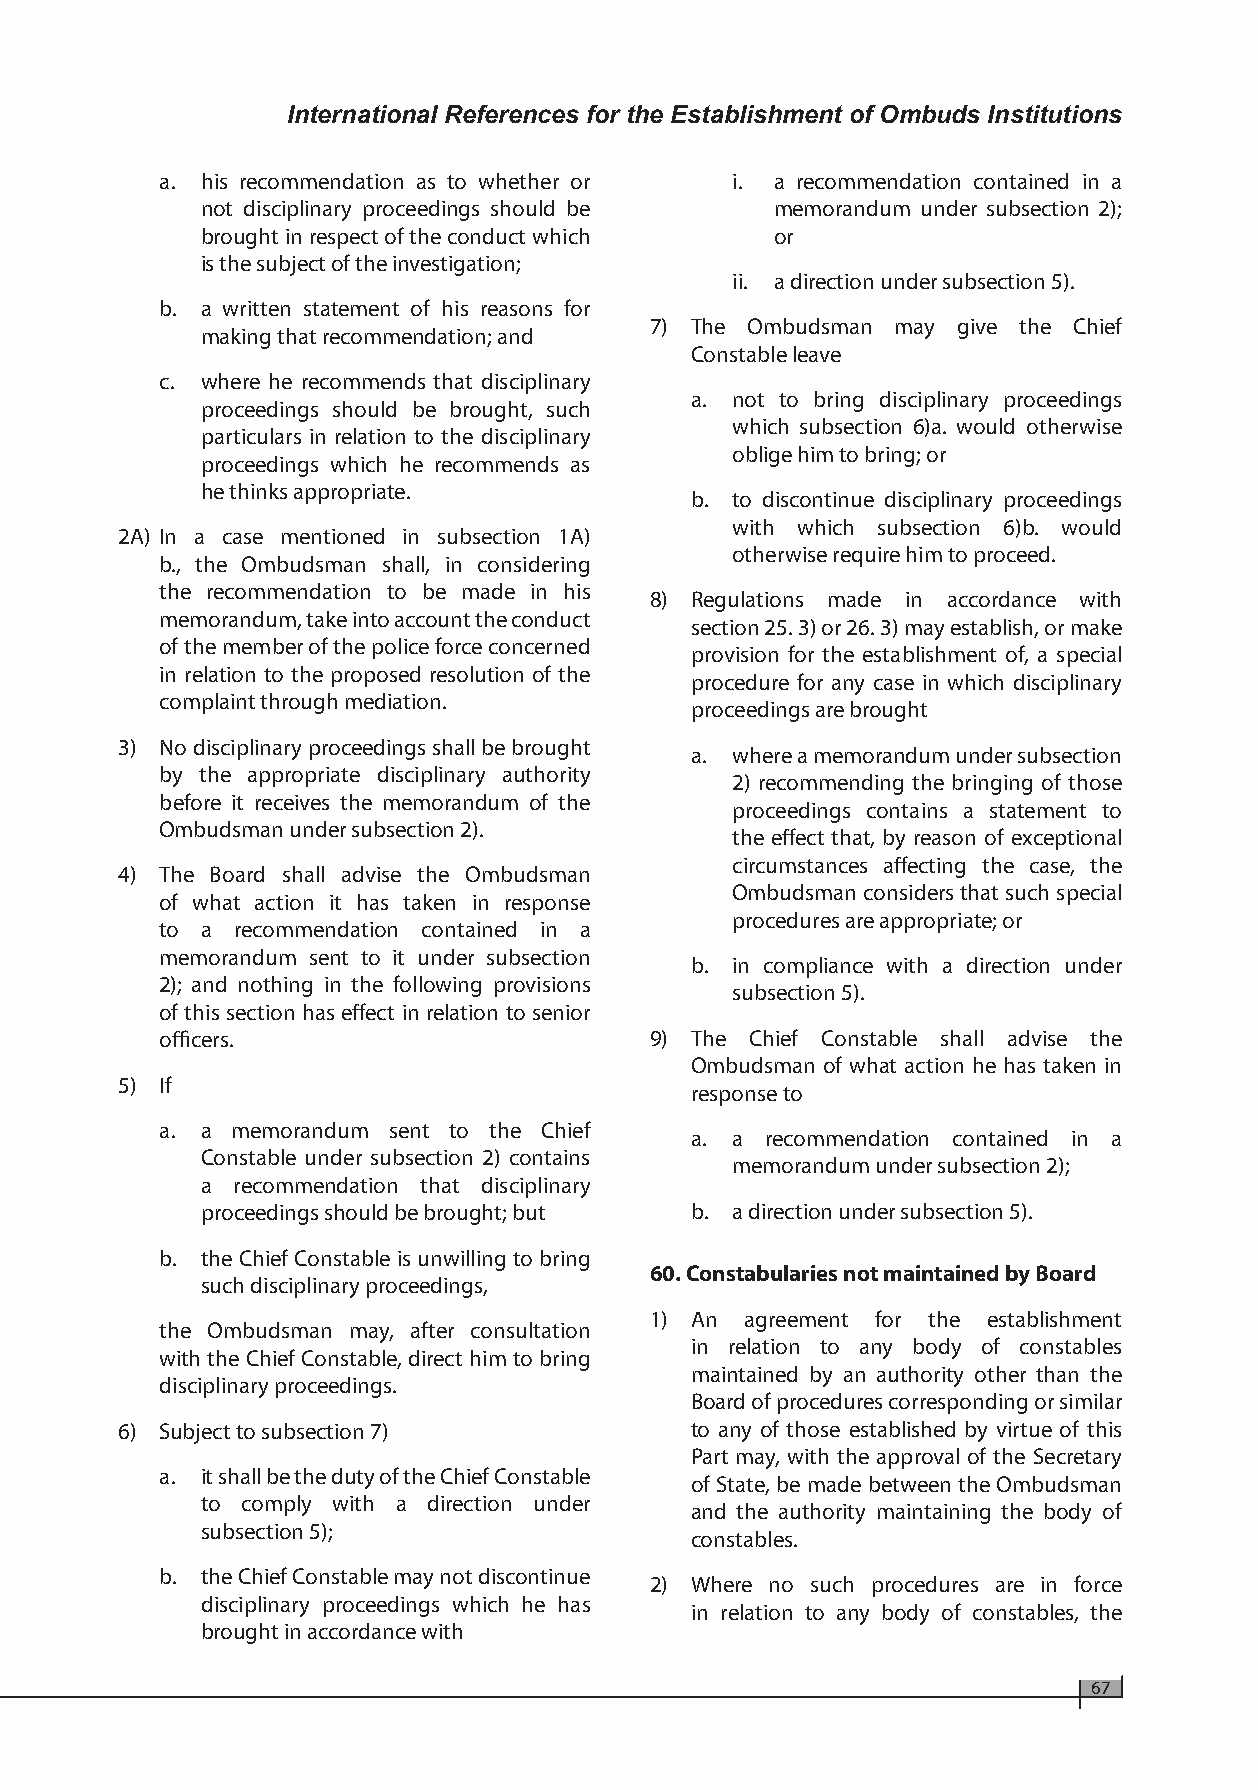
International References for the Establishment of Ombuds Institutions
 a. his recommendation as to whether or i. a recommendation contained in a
 not disciplinary proceedings should be memorandum under subsection 2);
 brought in respect of the conduct which or
 is the subject of the investigation;
 ii. a direction under subsection 5).
 b. a written statement of his reasons for
 7) The Ombudsman may give the Chief
 making that recommendation; and
 Constable leave
 c. where he recommends that disciplinary
 a. not to bring disciplinary proceedings
 proceedings should be brought, such
 which subsection 6)a. would otherwise
 particulars in relation to the disciplinary
 oblige him to bring; or
 proceedings which he recommends as
 he thinks appropriate.
 b. to discontinue disciplinary proceedings
 with which subsection 6)b. would
 2A) In a case mentioned in subsection 1A)
 otherwise require him to proceed.
 b., the Ombudsman shall, in considering
 the recommendation to be made in his
 8) Regulations made in accordance with
 memorandum, take into account the conduct
 section 25. 3) or 26. 3) may establish, or make
 of the member of the police force concerned
 provision for the establishment of, a special
 in relation to the proposed resolution of the
 procedure for any case in which disciplinary
 complaint through mediation.
 proceedings are brought
 3) No disciplinary proceedings shall be brought
 a. where a memorandum under subsection
 by the appropriate disciplinary authority
 2) recommending the bringing of those
 before it receives the memorandum of the
 proceedings contains a statement to
 Ombudsman under subsection 2).
 the effect that, by reason of exceptional
 circumstances affecting the case, the
 4) The Board shall advise the Ombudsman
 Ombudsman considers that such special
 of what action it has taken in response
 procedures are appropriate; or
 to a recommendation contained in a
 memorandum sent to it under subsection
 b. in compliance with a direction under
 2); and nothing in the following provisions
 subsection 5).
 of this section has effect in relation to senior
 officers.                       9) The Chief Constable shall advise the
 Ombudsman of what action he has taken in
 5) If
 response to
 a. a memorandum sent to the Chief
 a. a recommendation contained in a
 Constable under subsection 2) contains
 memorandum under subsection 2);
 a recommendation that disciplinary
 proceedings should be brought; but b. a direction under subsection 5).
 b. the Chief Constable is unwilling to bring
 60. Constabularies not maintained by Board
 such disciplinary proceedings,
 1) An agreement for the establishment
 the Ombudsman may, after consultation
 in relation to any body of constables
 with the Chief Constable, direct him to bring
 maintained by an authority other than the
 disciplinary proceedings.
 Board of procedures corresponding or similar
 6) Subject to subsection 7)           to any of those established by virtue of this
 Part may, with the approval of the Secretary
 a. it shall be the duty of the Chief Constable
 of State, be made between the Ombudsman
 to comply with a direction under
 and the authority maintaining the body of
 subsection 5);
 constables.
 b. the Chief Constable may not discontinue
 2) Where no such procedures are in force
 disciplinary proceedings which he has
 in relation to any body of constables, the
 brought in accordance with
 67